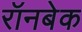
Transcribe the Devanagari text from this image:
रॉनबेक